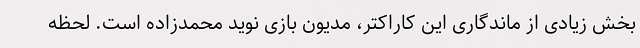
بخش زیادی از ماندگاری این کاراکتر، مدیون بازی نوید محمدزاده است. لحظه‌